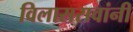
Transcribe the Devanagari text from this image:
विलासरावांनी